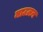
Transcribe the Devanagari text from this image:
माउज़न